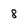
Character: 8